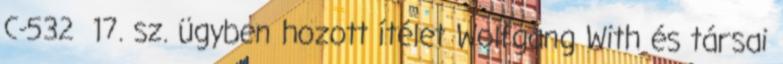
C-532 17. sz. ügyben hozott ítélet Wolfgang With és társai